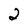
Character: 2